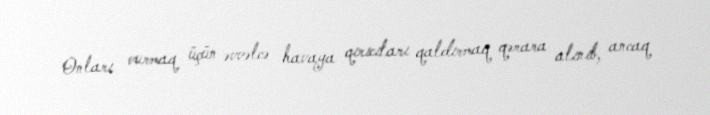
Onları vurmaq üçün əvvəlcə havaya qırıcıları qaldırmaq qərara alınıb, ancaq